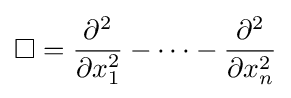
\Box ={\frac {\partial ^{2}}{\partial x_{1}^{2}}}-\cdots -{\frac {\partial ^{2}}{\partial x_{n}^{2}}}